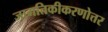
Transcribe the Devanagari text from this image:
जागतिकीकरणोत्तर